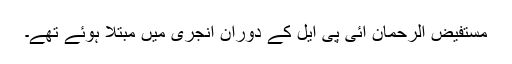
مستفیض الرحمان آئی پی ایل کے دوران انجری میں مبتلا ہوئے تھے۔